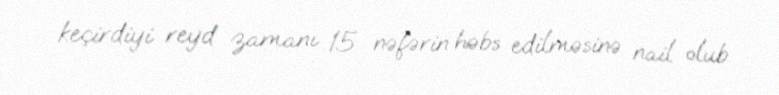
keçirdiyi reyd zamanı 15 nəfərin həbs edilməsinə nail olub.